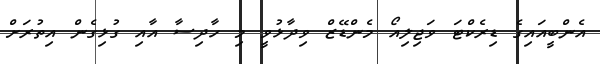
އެންބީއައިގެ ޑިރެކްޓަ ވަޖިލިއޯ މެންޑޭޒް ވިދާޅުވީ މި ހާދިސާ އާއި ގުޅިގެން އިތުރަށް